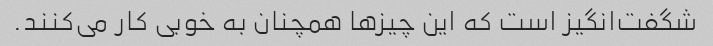
شگفت‌انگیز است که این چیزها همچنان به خوبی کار می‌کنند.